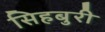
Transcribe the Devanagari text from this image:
सिहबुरी